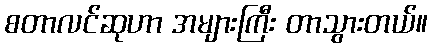
စတာလင်ဆုဟာ အများကြီး တာသွားတယ်။